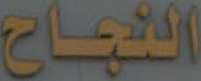
النجاح